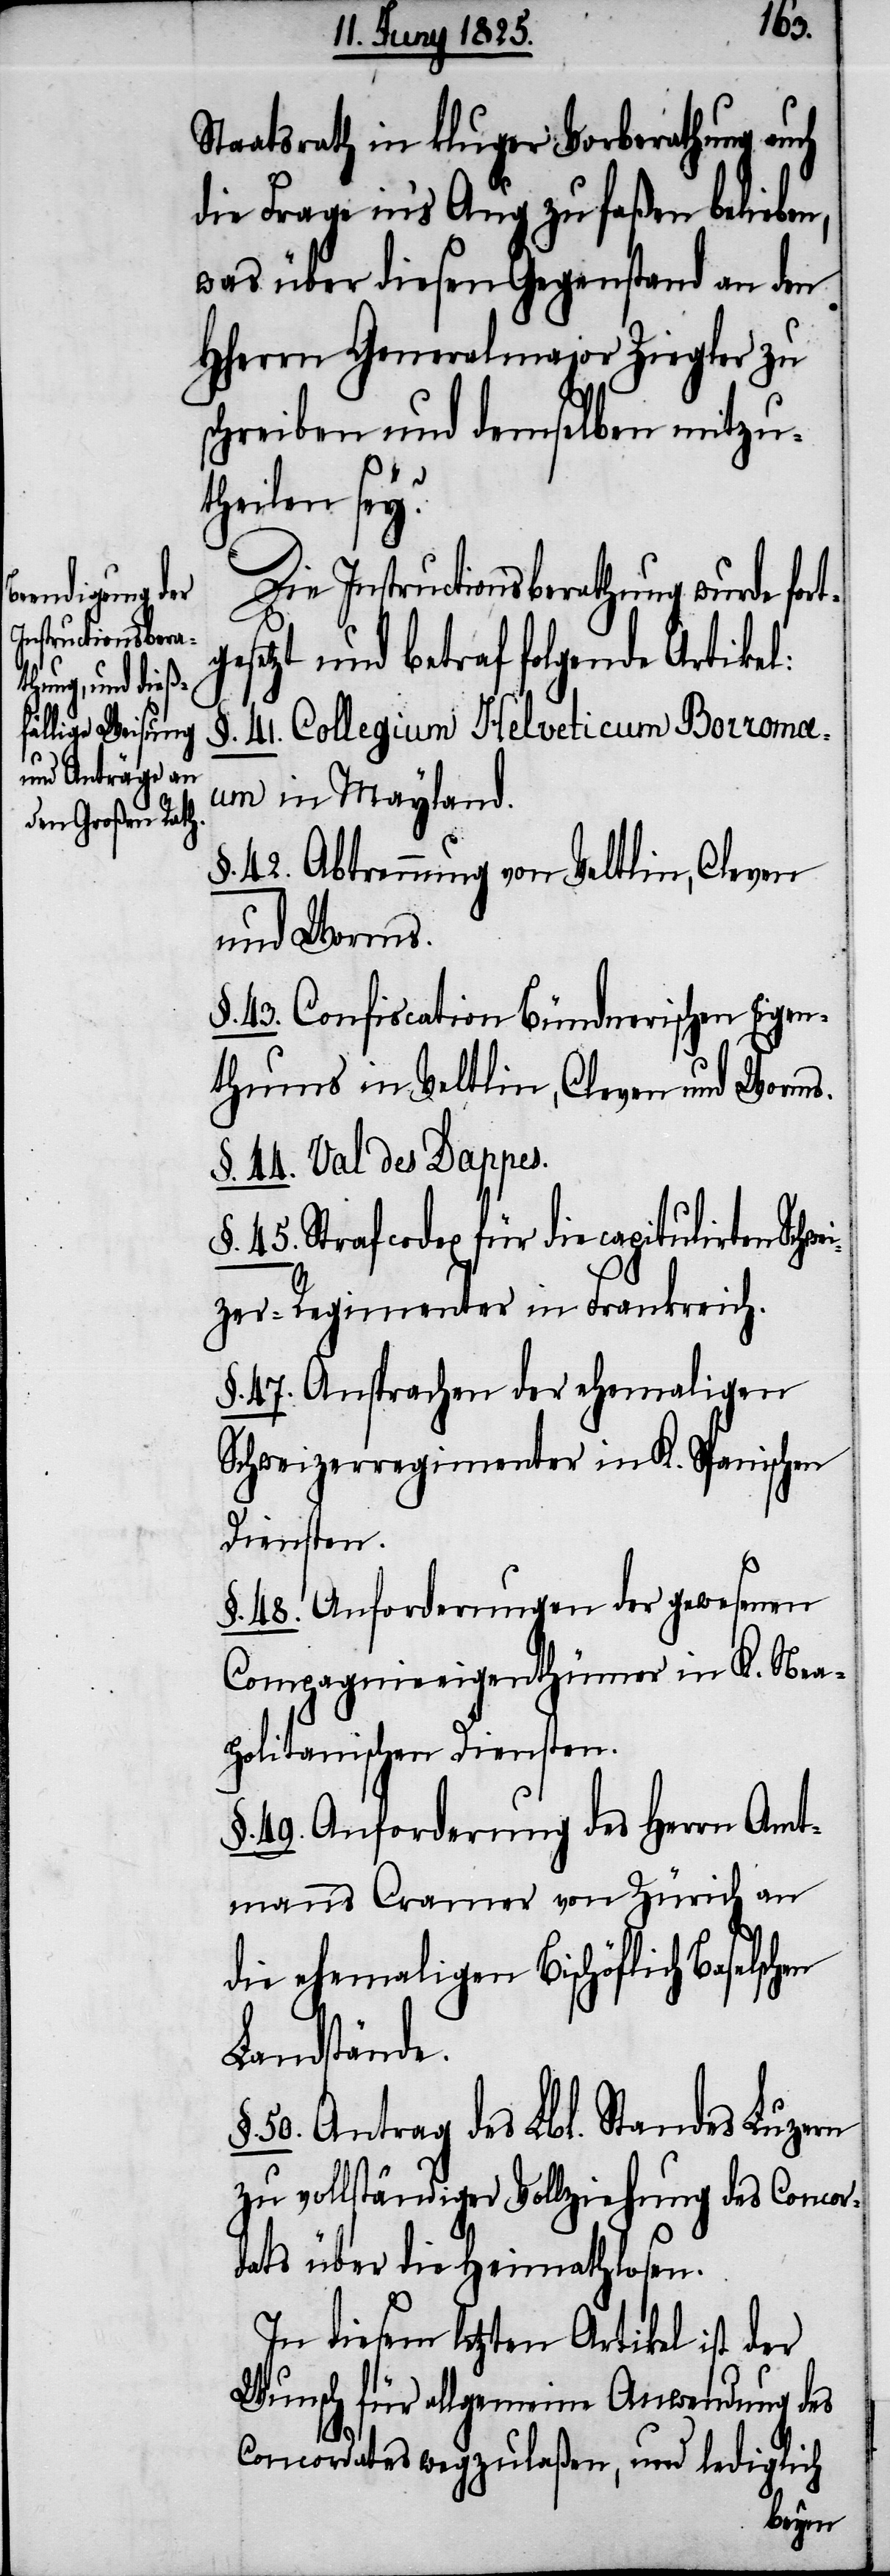
Schwei¬
Die Instructionsberathung wurde for¬
gesetzt und betraf folgende Artikel:
§. 41. Collegium Helveticum Borrom¬
æum in Mayland.
§. 42. Abtrennung von Veltlin, Cleven
und Worms.
§. 43. Confiscation Bündnerischen Eigen¬
thums in Veltlin, Cleven und Worms.
§. 44. Val des Dappes.
§. 45. Strafcodex für die capitulirten
zer-Regimenter in Frankreich.
§. 47. Ansprachen der ehemaligen
Schweizerregimenter in K. Spanischen
Diensten.
§. 48. Anforderungen der gewesenen
Compagnieeigenthümer in K. Nea¬
politanischen Diensten.
49. Anforderung des Herrn Amt¬
manns Cramer von Zürich an
die ehemaligen Bischöflich Baselsch¬
Landstände.
50. Antrag des Lbl. Standes Luzern
zu vollständiger Vollziehung des Concor¬
dats über die Heimathlosen.
In diesem letzten Artikel ist der
Wunsch für allgemeine Anwendung des
t¬
Concordates wegzulaßen, und lediglich
en